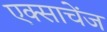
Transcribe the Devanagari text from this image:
एक्साचेंज